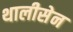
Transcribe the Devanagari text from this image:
थालीसेन